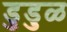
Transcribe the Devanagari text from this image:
डुडुळ